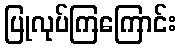
ပြုလုပ်ကြကြောင်း